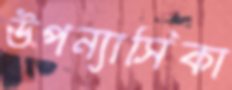
উপন্যাসিকা